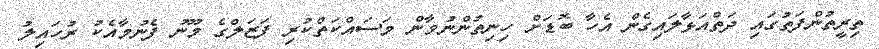
ތިރީތުންފަތުގައި ދަތްއަޅާލައިގެން އެހާ ބޮޑަށް ހިނިތުންނުވާން މަސައްކަތްކުރި ފަޒަލްގެ މޫނު ފެނުމާއެކު ރުހައިލު